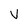
Character: V